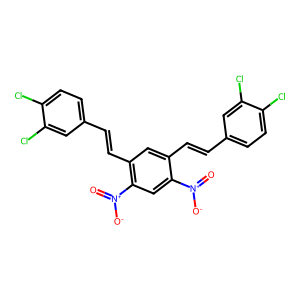
SMILES: O=[N+]([O-])c1cc([N+](=O)[O-])c(C=Cc2ccc(Cl)c(Cl)c2)cc1C=Cc1ccc(Cl)c(Cl)c1
Inhibits HIV replication: No